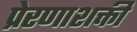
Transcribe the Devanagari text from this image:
प्रेरणाशक्ती